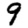
Digit: 9